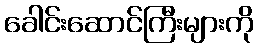
ခေါင်းဆောင်ကြီးများကို